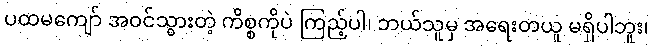
ပထမကျော် အဝင်သွားတဲ့ ကိစ္စကိုပဲ ကြည့်ပါ၊ ဘယ်သူမှ အရေးတယူ မရှိပါဘူး၊